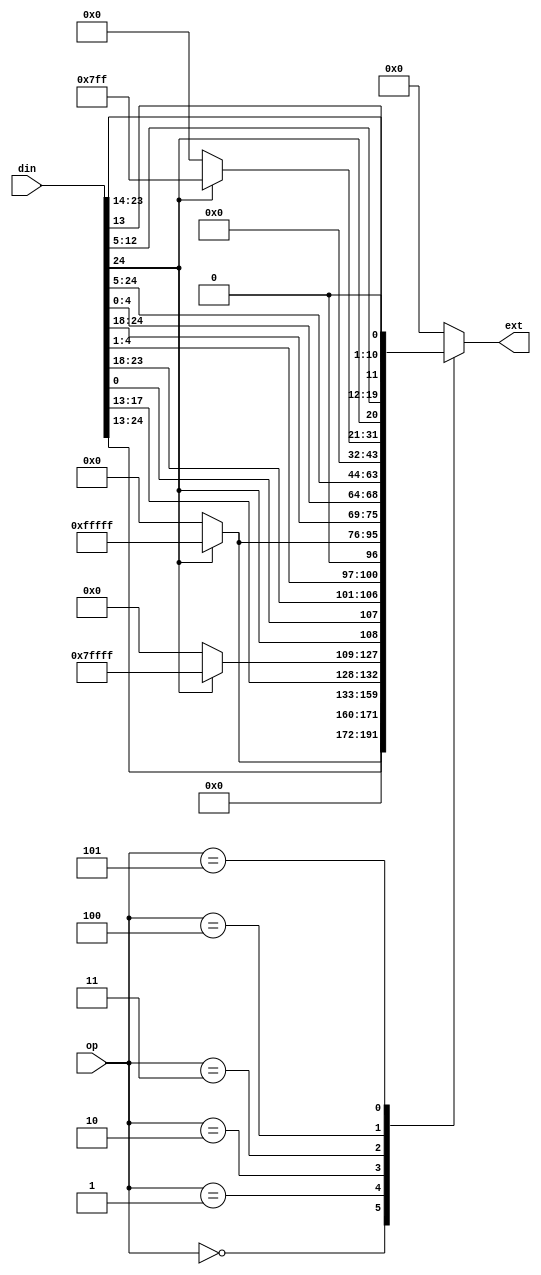
`timescale 1ns / 1ps

module sext(
    input wire [2:0] op,
    input wire [24:0] din,
    output reg [31:0] ext
);

    wire sign = din[24];

    always @(*) begin
        case (op)
            3'd0 : ext = {sign ? 20'hFFFFF : 20'b0, din[24:13]}; // [31:20]
            3'd1 : ext = {27'b0, din[17:13]}; // [24:20]
            3'd2 : ext = {sign ? 19'h7FFFF : 19'b0, din[24], din[0], din[23:18], din[4:1], 1'b0}; // [31|7|30:25|11:8], beq
            3'd3 : ext = {sign ? 20'hFFFFF : 20'b0, din[24:18], din[4:0]}; // [31:25|11:7], sw
            3'd4 : ext = {din[24:5], 12'b0}; // [31:12], lui
            3'd5 : ext = {sign ? 11'h7FF : 11'b0, din[24], din[12:5], din[13], din[23:14], 1'b0}; // [31|19:12|20|30:21], jal
            default : ext = 32'b0;
        endcase
    end

endmodule